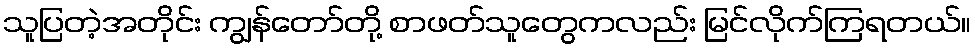
သူပြတဲ့အတိုင်း ကျွန်တော်တို့ စာဖတ်သူတွေကလည်း မြင်လိုက်ကြရတယ်။